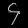
Digit: ၄